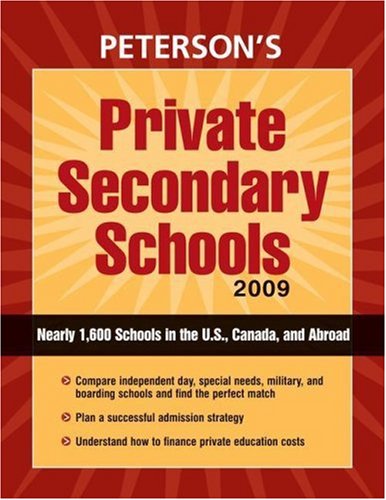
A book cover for Private Secondary Schools 2009 (Peterson's Private Secondary Schools); Peterson's; Test Preparation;